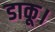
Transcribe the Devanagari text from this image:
डाकू।